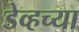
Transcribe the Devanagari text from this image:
डेव्हच्या